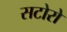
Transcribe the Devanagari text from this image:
सटोरो